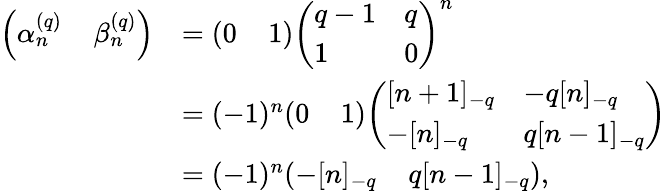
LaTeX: \begin{array}{rl}{\left(\alpha_{n}^{(q)}\; \; \; \; \beta_{n}^{(q)}\right)}&{=(0\; \; \; \; 1){\left(\begin{array}{ll}{q-1}&{q}\\ {1}&{0}\end{array}\right)}^{n}}\\ &{=(-1)^{n}(0\; \; \; \; 1){\left(\begin{array}{ll}{[n+1]_{-q}}&{-q[n]_{-q}}\\ {-[n]_{-q}}&{q[n-1]_{-q}}\end{array}\right)}}\\ &{=(-1)^{n}(-[n]_{-q}\; \; \; \; q[n-1]_{-q}),}\end{array}